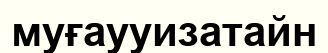
муғаууизатайн